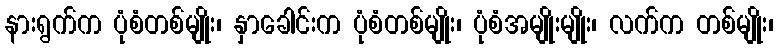
နားရွက်က ပုံစံတစ်မျိုး၊ နှာခေါင်းက ပုံစံတစ်မျိုး၊ ပုံစံအမျိုးမျိုး၊ လက်က တစ်မျိုး၊